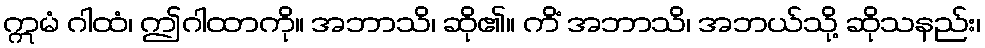
ဣမံ ဂါထံ၊ ဤဂါထာကို။ အဘာသိ၊ ဆို၏။ ကိံ အဘာသိ၊ အဘယ်သို့ ဆိုသနည်း၊